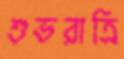
শুভরাত্রি